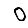
Digit: 0